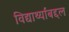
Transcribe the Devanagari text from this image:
विद्यार्थ्यांबद्दल